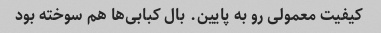
کیفیت معمولی رو به پایین. بال کبابی‌ها هم سوخته بود